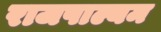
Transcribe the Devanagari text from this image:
राजपाल्यम